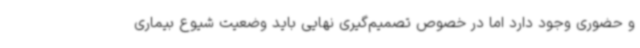
و حضوری وجود دارد اما در خصوص تصمیم‌گیری نهایی باید وضعیت شیوع بیماری